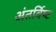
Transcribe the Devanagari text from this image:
अंतर्विष्‍ट